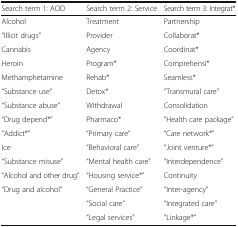
| Search term 1: AOD | Search term 2: Service | Search term 3: Integrat* |
 | --- | --- | --- |
 | Alcohol | Treatment | Partnership |
 | “Illicit drugs” | Provider | Collaborat* |
 | Cannabis | Agency | Coordinat* |
 | Heroin | Program* | Comprehensi* |
 | Methamphetamine | Rehab* | Seamless* |
 | “Substance use” | Detox* | “Transmural care” |
 | “Substance abuse” | Withdrawal | Consolidation |
 | “Drug depend*” | Pharmaco* | “Health care package” |
 | “Addict*” | “Primary care” | “Care network*” |
 | Ice | “Behavioral care” | “Joint venture*” |
 | “Substance misuse” | “Mental health care” | “Interdependence” |
 | “Alcohol and other drug” | “Housing service*” | Continuity |
 | “Drug and alcohol” | “General Practice” | “Inter-agency” |
 |  | “Social care” | “Integrated care” |
 |  | “Legal services” | “Linkage*” |